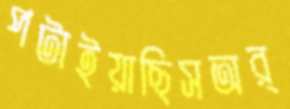
পটাইয়াছিসঅর্